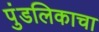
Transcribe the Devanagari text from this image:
पुंडलिकाचा